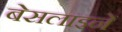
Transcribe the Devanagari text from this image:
बेसलाइनें